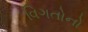
વિગતોનો